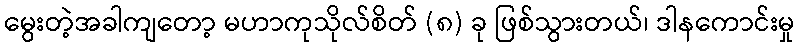
မွေးတဲ့အခါကျတော့ မဟာကုသိုလ်စိတ် (၈) ခု ဖြစ်သွားတယ်၊ ဒါနကောင်းမှု